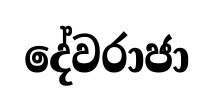
දේවරාජා